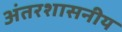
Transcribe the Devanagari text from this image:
अंतरशासनीय